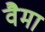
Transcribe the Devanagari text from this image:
वैमा